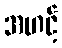
အဟင့်